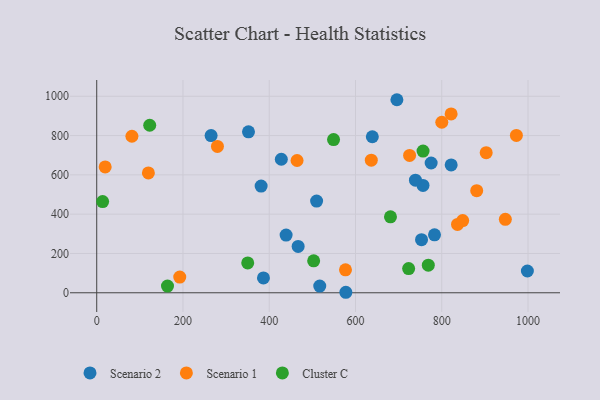
{"axis": {"x": "Experience", "y": "Sales"}, "legend": ["Cluster C", "Scenario 1", "Scenario 2"], "data": [{"x": "467.0", "y": 235.6, "type": "Scenario 2"}, {"x": "381.2", "y": 543.1, "type": "Scenario 2"}, {"x": "351.9", "y": 819.0, "type": "Scenario 2"}, {"x": "265.2", "y": 800.0, "type": "Scenario 2"}, {"x": "386.6", "y": 75.4, "type": "Scenario 2"}, {"x": "756.5", "y": 546.1, "type": "Scenario 2"}, {"x": "517.1", "y": 34.0, "type": "Scenario 2"}, {"x": "739.0", "y": 572.9, "type": "Scenario 2"}, {"x": "639.0", "y": 794.0, "type": "Scenario 2"}, {"x": "753.1", "y": 270.0, "type": "Scenario 2"}, {"x": "775.4", "y": 660.4, "type": "Scenario 2"}, {"x": "509.8", "y": 466.4, "type": "Scenario 2"}, {"x": "696.0", "y": 982.4, "type": "Scenario 2"}, {"x": "998.5", "y": 110.8, "type": "Scenario 2"}, {"x": "783.2", "y": 294.7, "type": "Scenario 2"}, {"x": "577.6", "y": 2.5, "type": "Scenario 2"}, {"x": "428.0", "y": 679.5, "type": "Scenario 2"}, {"x": "439.1", "y": 293.7, "type": "Scenario 2"}, {"x": "821.8", "y": 650.6, "type": "Scenario 2"}, {"x": "881.0", "y": 519.8, "type": "Scenario 1"}, {"x": "81.6", "y": 796.6, "type": "Scenario 1"}, {"x": "576.8", "y": 116.7, "type": "Scenario 1"}, {"x": "973.0", "y": 800.7, "type": "Scenario 1"}, {"x": "636.6", "y": 675.0, "type": "Scenario 1"}, {"x": "947.4", "y": 373.5, "type": "Scenario 1"}, {"x": "800.1", "y": 867.7, "type": "Scenario 1"}, {"x": "836.5", "y": 347.9, "type": "Scenario 1"}, {"x": "725.4", "y": 698.9, "type": "Scenario 1"}, {"x": "19.6", "y": 640.4, "type": "Scenario 1"}, {"x": "192.5", "y": 79.8, "type": "Scenario 1"}, {"x": "279.9", "y": 744.9, "type": "Scenario 1"}, {"x": "848.5", "y": 367.3, "type": "Scenario 1"}, {"x": "903.0", "y": 712.8, "type": "Scenario 1"}, {"x": "464.5", "y": 673.0, "type": "Scenario 1"}, {"x": "821.7", "y": 909.9, "type": "Scenario 1"}, {"x": "119.8", "y": 610.1, "type": "Scenario 1"}, {"x": "723.2", "y": 123.1, "type": "Cluster C"}, {"x": "164.1", "y": 34.0, "type": "Cluster C"}, {"x": "756.6", "y": 721.2, "type": "Cluster C"}, {"x": "549.1", "y": 779.7, "type": "Cluster C"}, {"x": "122.9", "y": 852.4, "type": "Cluster C"}, {"x": "768.8", "y": 140.6, "type": "Cluster C"}, {"x": "503.0", "y": 162.6, "type": "Cluster C"}, {"x": "350.1", "y": 152.0, "type": "Cluster C"}, {"x": "681.1", "y": 386.6, "type": "Cluster C"}, {"x": "13.7", "y": 463.9, "type": "Cluster C"}]}